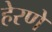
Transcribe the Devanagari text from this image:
हेरणे